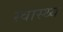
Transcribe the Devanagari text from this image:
स्‍वास्थ्य